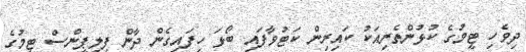
ދިވެހި ޓީމުގެ ކުޅުންތެރިއަކު ކައިރިން ކަޓުވާފައި ބޯޅަ ހިފައިގެން ދާން ފިލިޕީންސް ޓީމުގެ